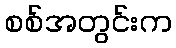
စစ်အတွင်းက